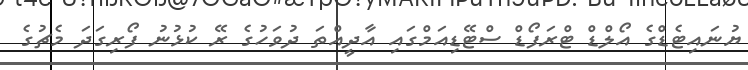
ޔުނައިޓެޑްގެ އޯލްޑް ޓްރަފޯޑް ސްޓޭޑިއަމްގައި އާދީއްތަ ދުވަހުގެ ރޭ ކުޅުނު ފޯރިގަދަ މެޗުގެ